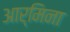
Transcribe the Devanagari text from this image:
आर्मिना